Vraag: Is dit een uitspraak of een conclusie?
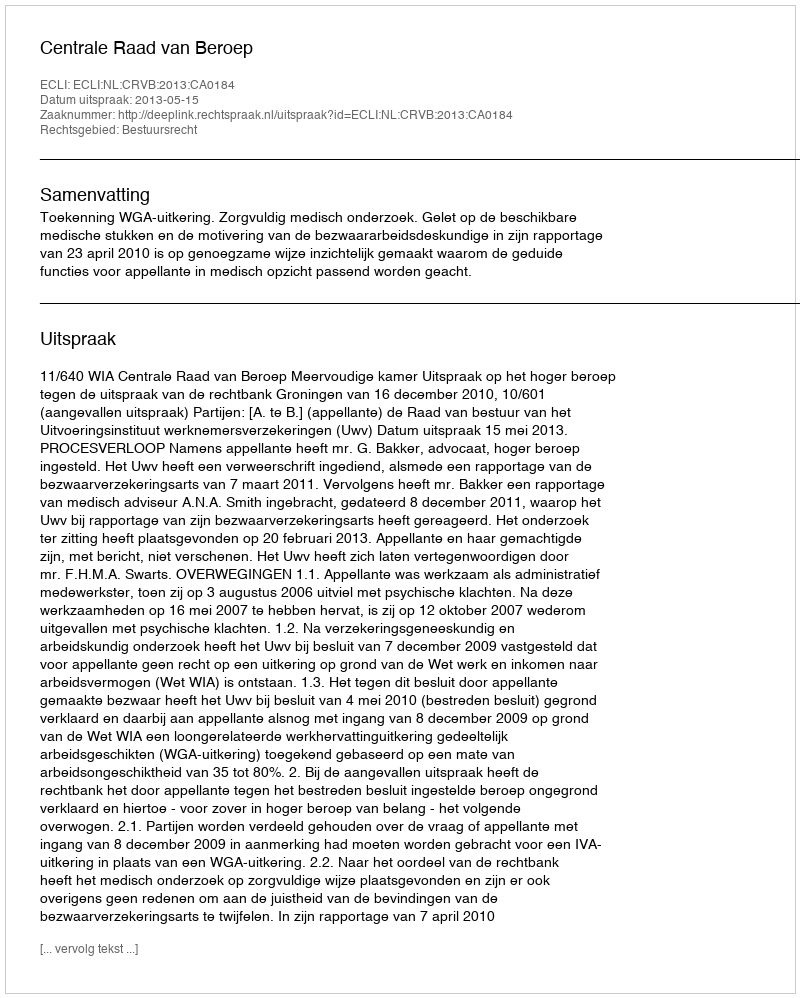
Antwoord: Uitspraak